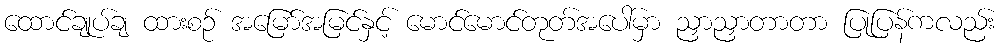
ထောင်ချုပ်ချ ထားစဉ် အမြော်အမြင်နှင့် မောင်မောင်တုတ်အပေါ်မှာ ညှာညှာတာတာ ပြုပြန်ကလည်း